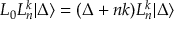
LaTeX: L _ { 0 } L _ { n } ^ { k } | \Delta \rangle = ( \Delta + n k ) L _ { n } ^ { k } | \Delta \rangle